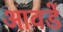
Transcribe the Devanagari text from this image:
आवडें